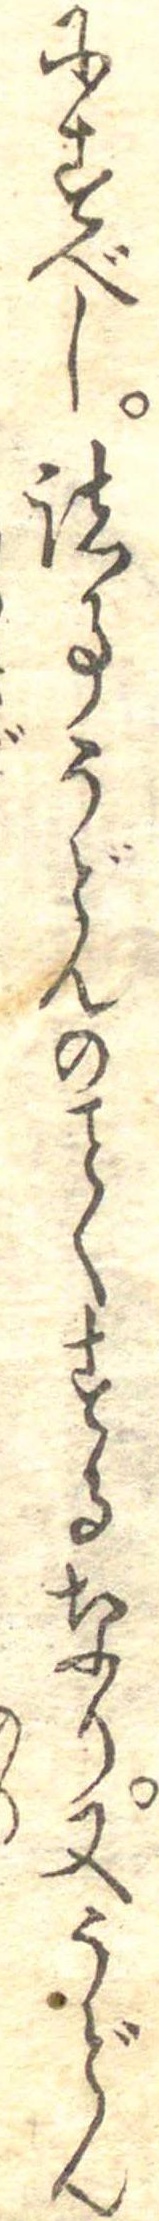
にすべし諸事うどんのくするなり又うどん